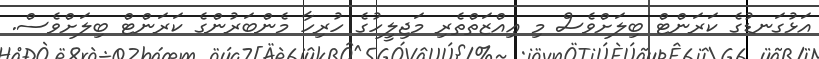
އަޅުގަނޑުގެ ކަރަންޓް ބިލަށްވެސް މި ޢިއްޒަތްތެރި މަޖިލީހުގެ ހުރިހާ މެންބަރުންގެ ކަރަންޓް ބިލަށްވެސް.